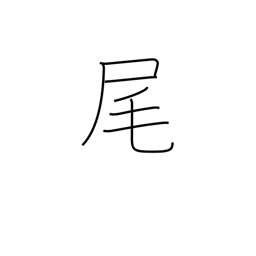
Meaning: lower slope of mountain